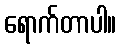
ရောက်တာပါ။